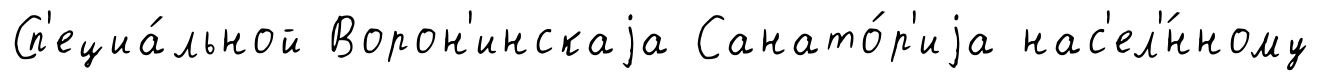
Сп'ециа́льной Ворон'инскаjа Санато́р'иjа нас'ел'́нному